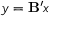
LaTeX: y = \mathbf { B ^ { \prime } } x